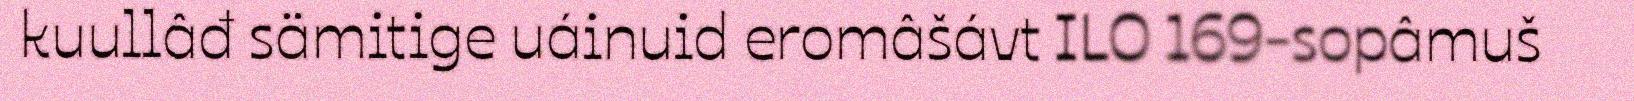
kuullâđ sämitige uáinuid eromâšávt ILO 169-sopâmuš